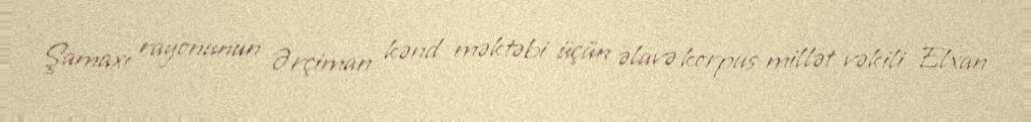
Şamaxı rayonunun Ərçiman kənd məktəbi üçün əlavə korpus millət vəkili Elxan